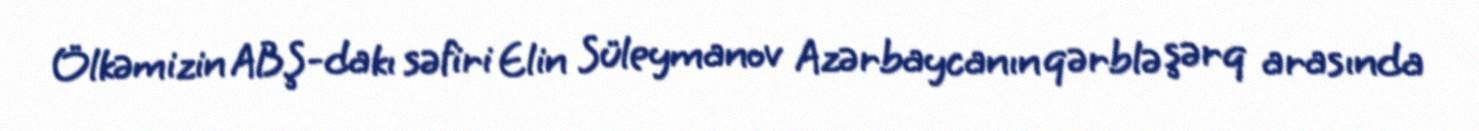
Ölkəmizin ABŞ-dakı səfiri Elin Süleymanov Azərbaycanın qərblə şərq arasında